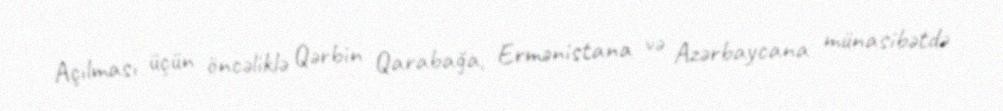
Açılması üçün öncəliklə Qərbin Qarabağa, Ermənistana və Azərbaycana münasibətdə